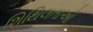
શિથિલતાઓ